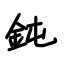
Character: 鈍